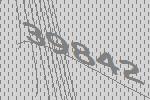
39842